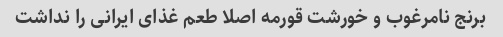
برنج نامرغوب و خورشت قورمه اصلا طعم غذای ایرانی را نداشت